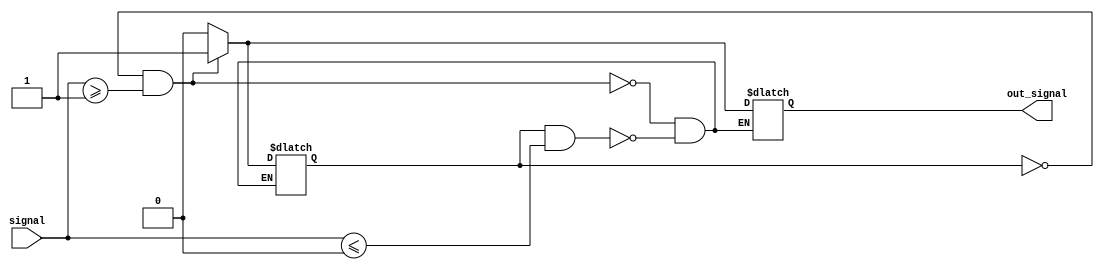
module schmitt_trigger_buffer(
    input signal,
    output reg out_signal
);

parameter VTH_HIGH = 1;
parameter VTH_LOW = 0;

reg current_state;

always @ (signal) begin
    if(!current_state && signal >= VTH_HIGH) begin
        out_signal <= 1;
        current_state <= 1;
    end else if (current_state && signal <= VTH_LOW) begin
        out_signal <= 0;
        current_state <= 0;
    end
end

endmodule